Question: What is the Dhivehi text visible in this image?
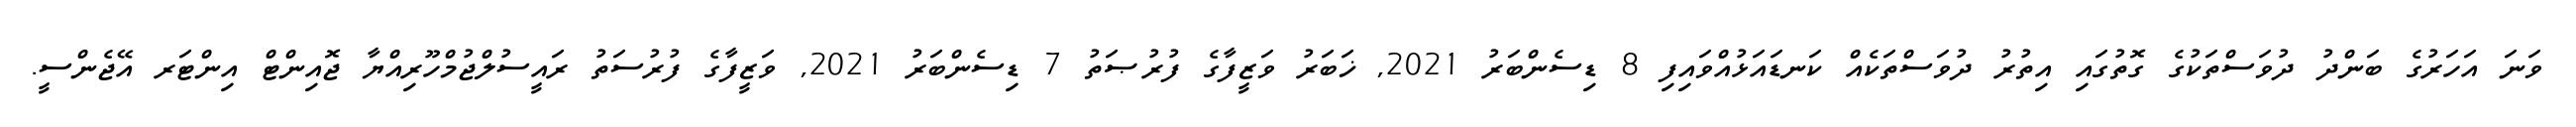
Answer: ވަނަ އަހަރުގެ ބަންދު ދުވަސްތަކުގެ ގޮތުގައި އިތުރު ދުވަސްތަކެއް ކަނޑައަޅުއްވައިފި 8 ޑިސެންބަރު 2021, ޚަބަރު ވަޒީފާގެ ފުރުޞަތު 7 ޑިސެންބަރު 2021, ވަޒީފާގެ ފުރުސަތު ރައީސުލްޖުމްހޫރިއްޔާ ޖޮއިންޓް އިންޓަރ އޭޖެންސީ.